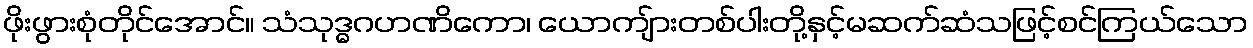
ဖိုးဖွားစုံတိုင်အောင်။ သံသုဒ္ဓဂဟဏိကော၊ ယောကျ်ားတစ်ပါးတို့နှင့်မဆက်ဆံသဖြင့်စင်ကြယ်သော